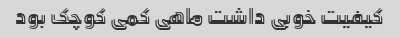
کیفیت خوبی داشت ماهی کمی کوچک بود